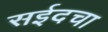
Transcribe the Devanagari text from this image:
सईदचा